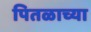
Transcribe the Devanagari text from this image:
पितळाच्या